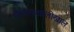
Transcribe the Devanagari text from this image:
व्हेगासखालोखाल